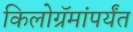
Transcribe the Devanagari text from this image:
किलोग्रॅमांपर्यंत